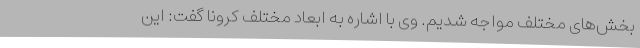
بخش‌های مختلف مواجه شدیم. وی با اشاره به ابعاد مختلف کرونا گفت: این